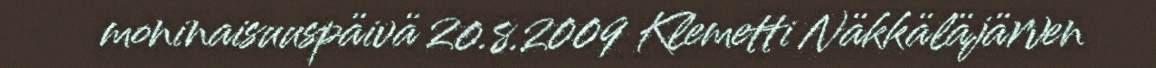
moninaisuuspäivä 20.8.2009 Klemetti Näkkäläjärven